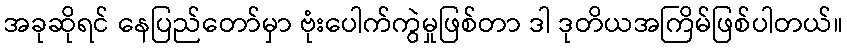
အခုဆိုရင် နေပြည်တော်မှာ ဗုံးပေါက်ကွဲမှုဖြစ်တာ ဒါ ဒုတိယအကြိမ်ဖြစ်ပါတယ်။